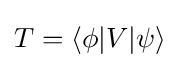
T=\langle \phi |V|\psi \rangle